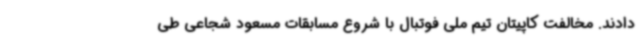
دادند. مخالفت کاپیتان تیم ملی فوتبال با شروع مسابقات مسعود شجاعی طی